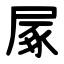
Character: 㞘